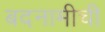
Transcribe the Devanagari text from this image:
बदनामीची